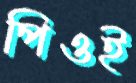
পিওই